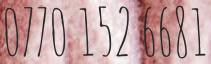
0770 152 6681